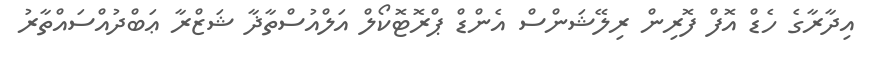
އިދާރާގެ ހެޑް އޮފް ފޮރިން ރިލޭޝަންސް އެންޑް ޕްރޮޓޮކޯލް އަލްއުސްތާޛާ ޝަޒްރާ ޢަބްދުއްސައްތާރު